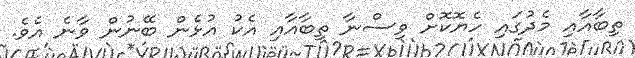
ތިބާއާއި މެދުގައި ހެޔޮކޮށް ވިސްނާ ތިބާއާއި އެކު އުޅެން ބޭނުން ވާނެ އެވެ.